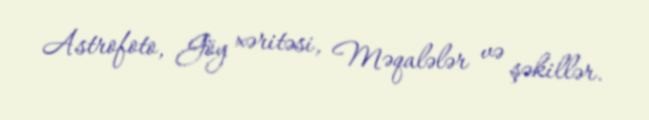
Astrofoto, Göy xəritəsi, Məqalələr və şəkillər.